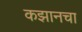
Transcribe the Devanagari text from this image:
कझानचा